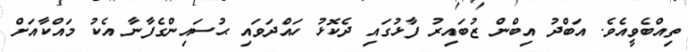
ތިއްބެވީއެވެ. އަބްދު އިބްން ޒުބައިރު ފާޅުގައި ދެކޮޅު ހައްދަވައި ޙުސައިންގެފާނާ އެކު މައްކާއަށް